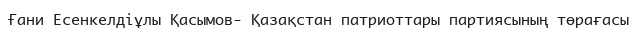
Ғани Есенкелдіұлы Қасымов- Қазақстан патриоттары партиясының төрағасы